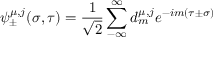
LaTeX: \psi _ { \pm } ^ { \mu , j } ( \sigma , \tau ) = \frac { 1 } { \sqrt 2 } \sum _ { - \infty } ^ { \infty } d _ { m } ^ { \mu , j } e ^ { - i m ( \tau \pm \sigma ) }